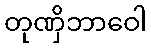
တုဏှိဘာဝေါ